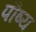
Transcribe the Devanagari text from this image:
पौष्य